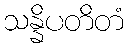
သန္နိပတိတံ